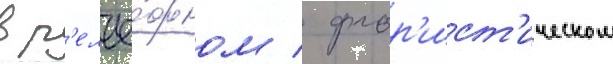
в р'елье́фном / флор'ист'ическом